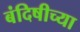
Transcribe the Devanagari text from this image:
बंदिषीच्या